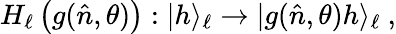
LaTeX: H_{\ell}\left(g(\hat{n},\theta)\right):|h\rangle_{\ell}\to|g(\hat{n},\theta)h\rangle_{\ell}~,